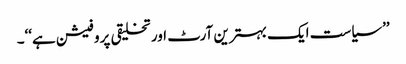
’’سیاست ایک بہترین آرٹ اور تخلیقی پروفیشن ہے‘‘۔